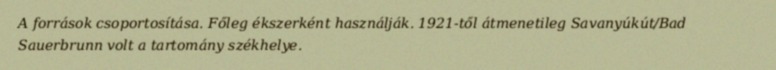
A források csoportosítása. Főleg ékszerként használják. 1921-től átmenetileg Savanyúkút/Bad Sauerbrunn volt a tartomány székhelye.